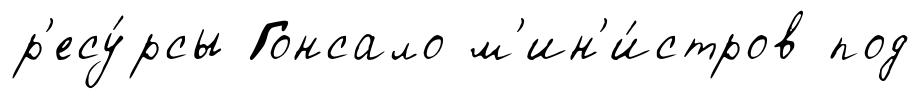
р'есу́рсы Гонсало м'ин'и́стров под